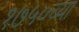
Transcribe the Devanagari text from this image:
१७५०च्या